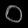
Digit: ၀